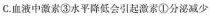
C.血液中激素③水平降低会引起激素①分泌减少